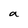
Character: a